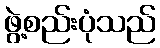
ဖွဲ့စည်းပုံသည်